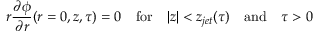
r \frac { \partial \phi } { \partial r } ( r = 0 , z , \tau ) = 0 \quad \mathrm { f o r } \quad | z | < z _ { j e t } ( \tau ) \quad \mathrm { a n d } \quad \tau > 0